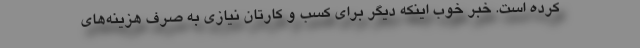
کرده است. خبر خوب اینکه دیگر برای کسب ‌و کارتان نیازی به صرف هزینه‌های